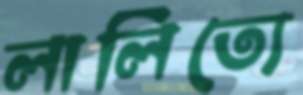
লালিত্যে